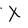
Character: X